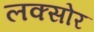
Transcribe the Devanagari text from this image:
लक्सोर